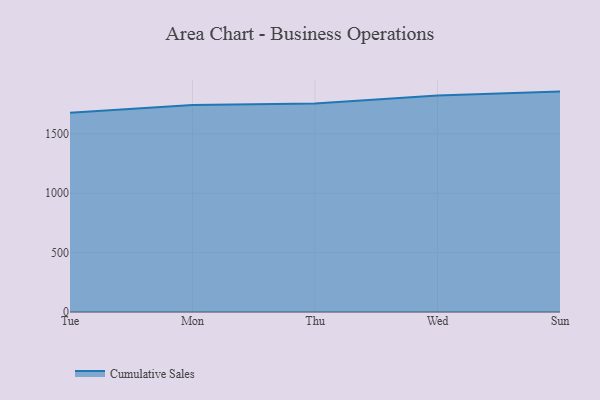
{"axis": {"x": "Day", "y": "Customer Acquisition Cost (USD)"}, "legend": ["Cumulative Sales"], "data": [{"x": "Tue", "y": 1676.1, "type": "Cumulative Sales"}, {"x": "Mon", "y": 1742.7, "type": "Cumulative Sales"}, {"x": "Thu", "y": 1753.5, "type": "Cumulative Sales"}, {"x": "Wed", "y": 1822.6, "type": "Cumulative Sales"}, {"x": "Sun", "y": 1854.5, "type": "Cumulative Sales"}]}